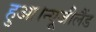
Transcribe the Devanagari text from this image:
हुआ।न्यूजीलैंड